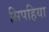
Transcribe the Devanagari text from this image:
सिपहिया